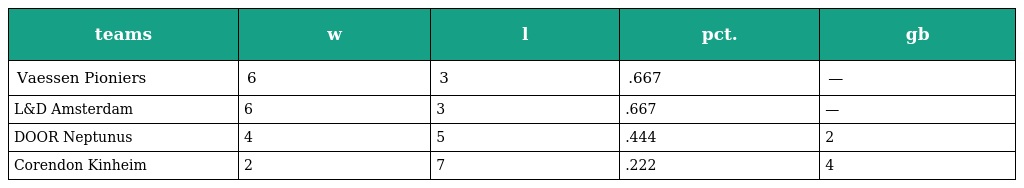
| teams | w | l | pct. | gb |
 | --- | --- | --- | --- | --- |
 | Vaessen Pioniers | 6 | 3 | .667 | — |
 | L&D Amsterdam | 6 | 3 | .667 | — |
 | DOOR Neptunus | 4 | 5 | .444 | 2 |
 | Corendon Kinheim | 2 | 7 | .222 | 4 |